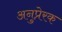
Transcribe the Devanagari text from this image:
अनुप्रेरक